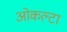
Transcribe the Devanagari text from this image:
ओकल्टा